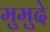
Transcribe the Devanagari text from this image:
मुमुदे